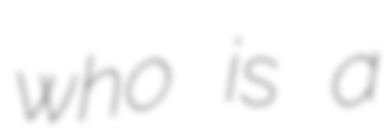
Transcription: who is a